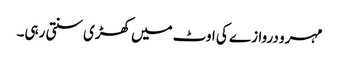
مہرو دروازے کی اوٹ میں کھڑی سنتی رہی۔